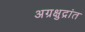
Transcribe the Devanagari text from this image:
अग्रक्षुद्रांत